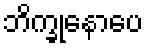
ဘိက္ခုနောပေ